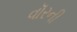
વૉરની